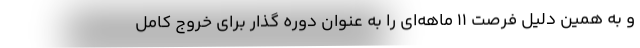
و به همین دلیل فرصت 11 ماهه‌ای را به عنوان دوره گذار برای خروج کامل